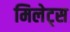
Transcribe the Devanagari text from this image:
मिलेट्स